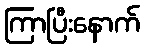
ကြာပြီးနောက်